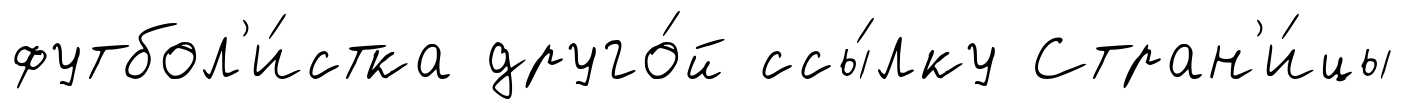
футбол'и́стка друго́й ссы́лку Стран'и́цы